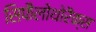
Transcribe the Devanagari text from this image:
सिफैलोथोरैक्स